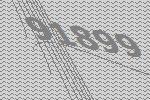
91899